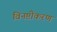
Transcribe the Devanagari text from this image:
विनष्टीकरण